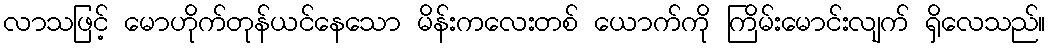
လာသဖြင့် မောဟိုက်တုန်ယင်နေသော မိန်းကလေးတစ် ယောက်ကို ကြိမ်းမောင်းလျက် ရှိလေသည်။